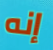
إنه